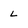
Character: l